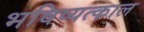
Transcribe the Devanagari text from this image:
भविष्यत्काल